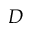
D